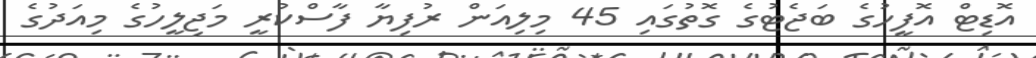
އޮޑިޓް އޮފީހުގެ ބަޖެޓުގެ ގޮތުގައި 45 މިލިއަން ރުފިޔާ ފާސްކުރީ މަޖިލީހުގެ މިއަދުގެ